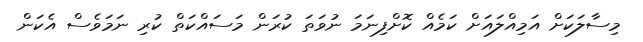
މިސާލަކަށް އަމިއްލައަށް ކަމެއް ކޮށްފިނަމަ ނުވަތަ ކުރަން މަސައްކަތް ކުރި ނަމަވެސް އެކަން